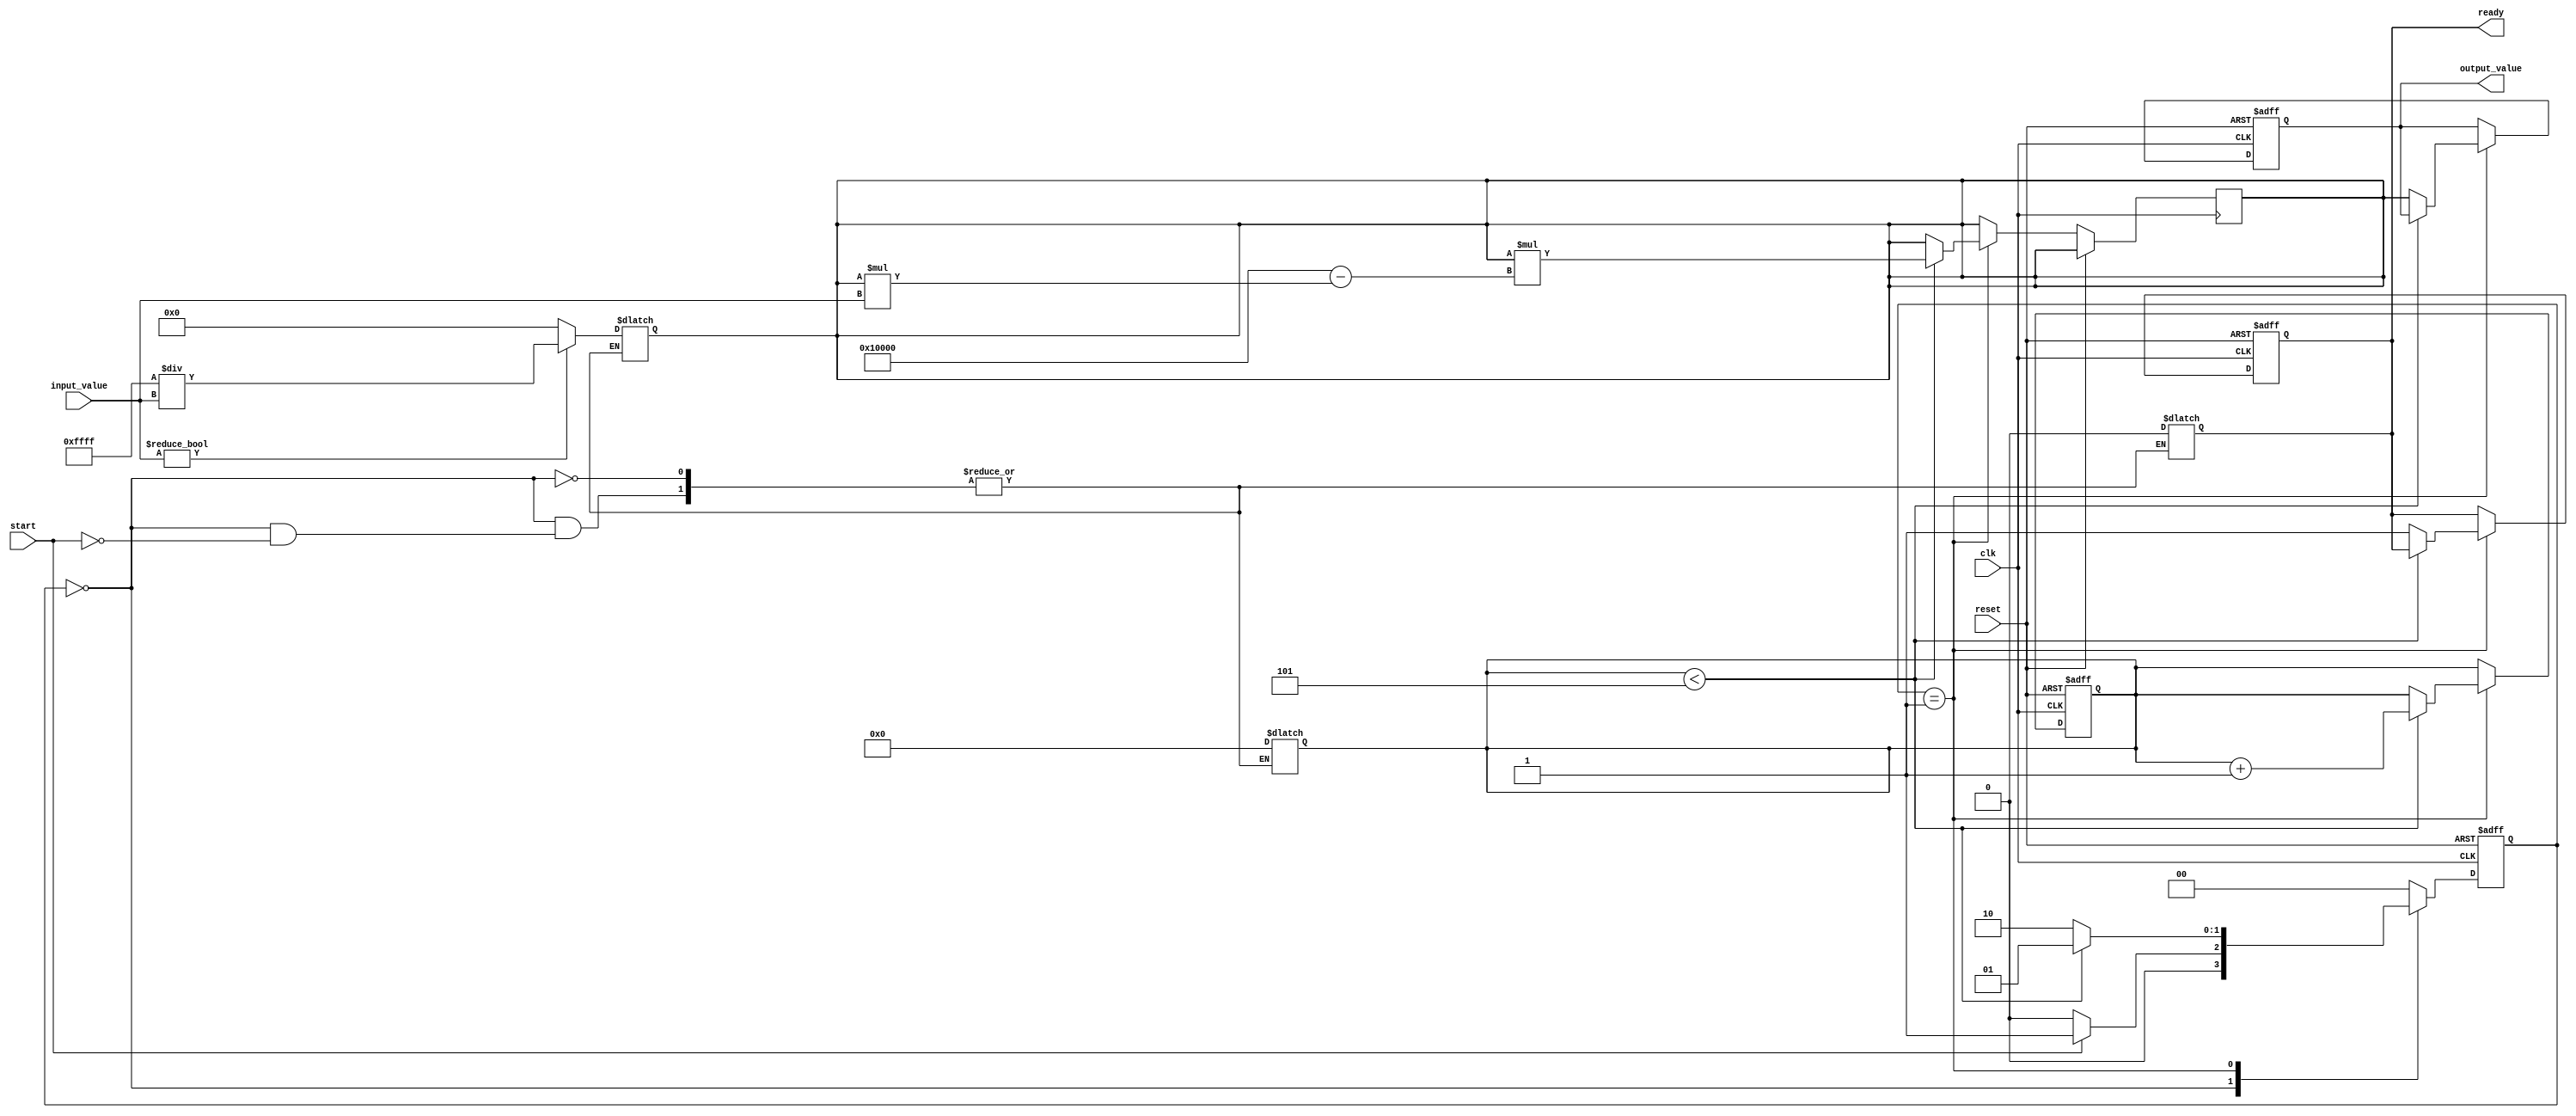
module SystolicArrayReciprocal #(
    parameter WIDTH = 16, // Bit-width for input and output
    parameter ITERATIONS = 5 // Number of iterations for Newton-Raphson
)(
    input wire clk,
    input wire reset,
    input wire start,
    input wire [WIDTH-1:0] input_value, // Input value for which reciprocal is calculated
    output reg [WIDTH-1:0] output_value, // Output value, the computed reciprocal
    output reg ready // Indicates when the output is valid
);

// Internal signals
reg [WIDTH-1:0] PEs [0:1][0:1]; // 2x2 array of processing elements
reg [WIDTH-1:0] reciprocal_guess; // Initial guess for the reciprocal
reg [3:0] iteration_count; // Counts the number of iterations

// Control state
localparam IDLE = 2'b00, PROCESS = 2'b01, DONE = 2'b10;
reg [1:0] state, next_state;

// Initial guess for reciprocal (1 / input_value)
function [WIDTH-1:0] initial_guess;
    input [WIDTH-1:0] value;
    begin
        if (value != 0)
            initial_guess = {WIDTH{1'b1}} / value; // Simple initial guess as 1/value
        else
            initial_guess = {WIDTH{1'b0}}; // Handle division by zero case
    end
endfunction

// Newton-Raphson update: x_next = x * (2 - (x * input_value))
function [WIDTH-1:0] newton_iteration;
    input [WIDTH-1:0] x;
    input [WIDTH-1:0] value;
    begin
        newton_iteration = x * (2 ** WIDTH - (x * value));
    end
endfunction

// State machine for process control
always @(posedge clk or posedge reset) begin
    if (reset) begin
        state <= IDLE;
        output_value <= 0;
        ready <= 0;
        iteration_count <= 0;
    end else begin
        state <= next_state;
        if (state == PROCESS) begin
            if (iteration_count < ITERATIONS) begin
                reciprocal_guess <= newton_iteration(reciprocal_guess, input_value);
                iteration_count <= iteration_count + 1;
            end else begin
                output_value <= reciprocal_guess;
                ready <= 1;
            end
        end
    end
end

// State transitions
always @(*) begin
    case (state)
        IDLE: begin
            if (start) begin
                reciprocal_guess = initial_guess(input_value);
                iteration_count = 0;
                next_state = PROCESS;
                ready = 0;
            end else begin
                next_state = IDLE;
            end
        end
        PROCESS: begin
            if (iteration_count < ITERATIONS) begin
                next_state = PROCESS;
            end else begin
                next_state = DONE;
            end
        end
        DONE: begin
            next_state = IDLE; // Return to IDLE for next input
        end
        default: begin
            next_state = IDLE; // Default state
        end
    endcase
end

endmodule